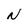
Character: N